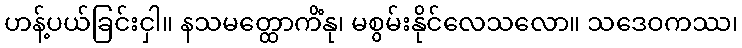
ဟန့်ပယ်ခြင်းငှါ။ နသမတ္ထောကိံနု၊ မစွမ်းနိုင်လေသလော။ သဒေဝကဿ၊